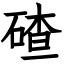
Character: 碴